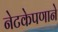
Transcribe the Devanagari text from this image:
नेटकेपणाने